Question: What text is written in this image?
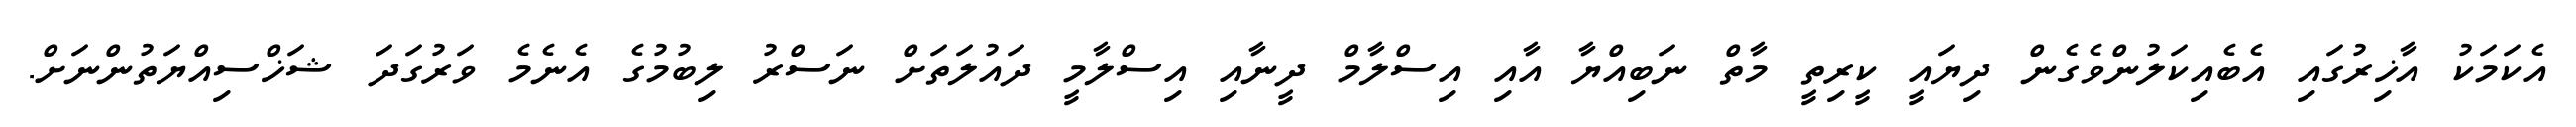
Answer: އެކަމަކު އާޚިރުގައި އެބެއިކަލުންވެގެން ދިޔައީ ކީރިތީ މާތް ނަބިއްޔާ އާއި އިސްލާމް ދީނާއި އިސްލާމީ ދައުލަތަށް ނަސްރު ލިބުމުގެ އެނެމެ ވަރުގަދަ ޝަޚްސިއްޔަތުންނަށް.